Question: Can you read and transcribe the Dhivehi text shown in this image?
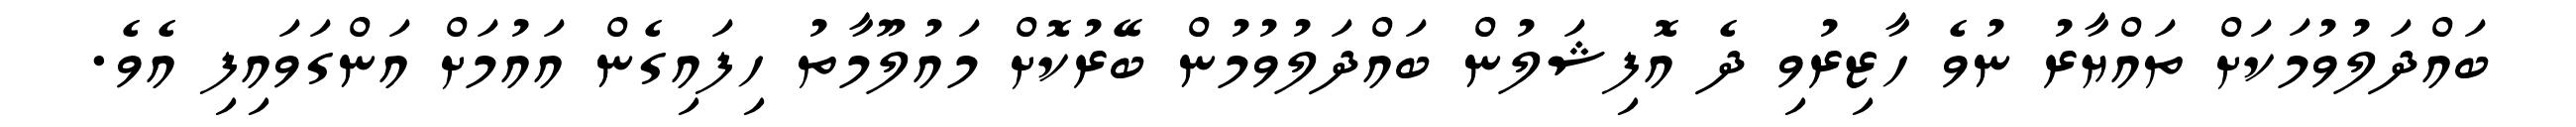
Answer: ބައްދަލުވުމަކަށް ތައްޔާރު ނުވެ ހާޒިރުވި ދެ އޮފިޝަލުން ބައްދަލުވުމުން ބޭރުކޮށް މައުލޫމާތު ހިފައިގެން އައުމަށް އަންގަވައިފި އެވެ.